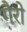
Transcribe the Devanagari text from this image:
गै़रो